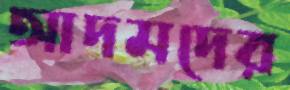
আদমদের